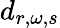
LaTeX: d_{r,\omega,s}